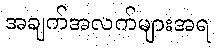
အချက်အလက်များအရ